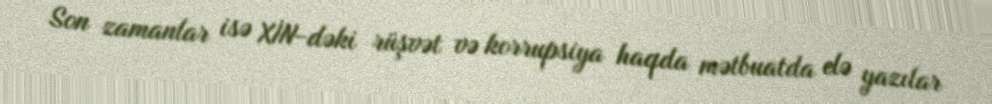
Son zamanlar isə XİN-dəki rüşvət və korrupsiya haqda mətbuatda elə yazılar